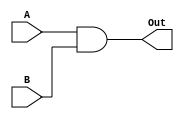
module and2(A, B, Out);
input A, B;
output Out;

assign Out = A & B;

endmodule